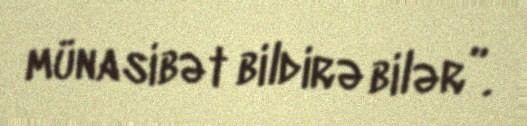
münasibət bildirə bilər”.